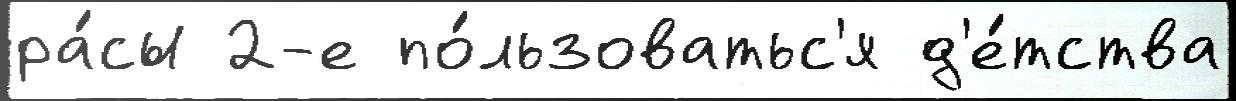
ра́сы 2-е по́льзоватьс'я д'е́тства